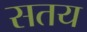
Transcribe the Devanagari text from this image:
सतय